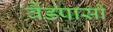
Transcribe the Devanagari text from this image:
बैंडपासों